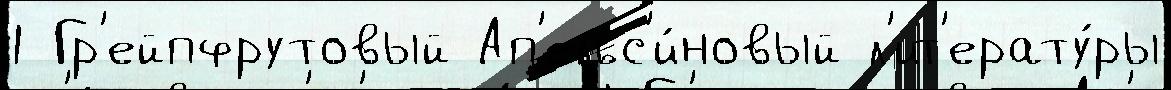
1 Гр'ейпфрутовый Ап'ельс'и́новый л'ит'ерату́ры